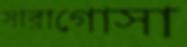
সারাগোসা